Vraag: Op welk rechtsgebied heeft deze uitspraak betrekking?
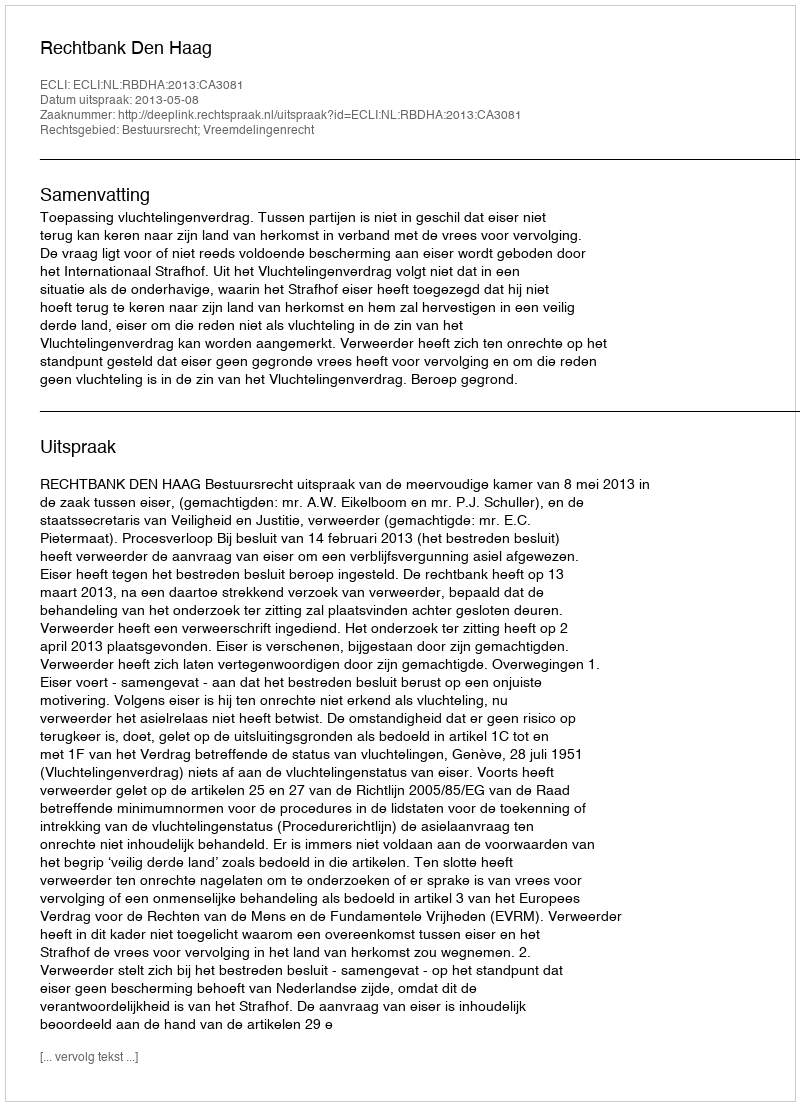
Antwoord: Bestuursrecht; Vreemdelingenrecht